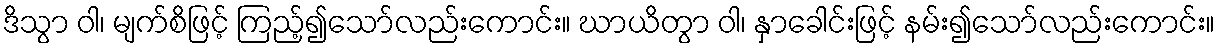
ဒိသွာ ဝါ၊ မျက်စိဖြင့် ကြည့်၍သော်လည်းကောင်း။ ဃာယိတွာ ဝါ၊ နှာခေါင်းဖြင့် နမ်း၍သော်လည်းကောင်း။